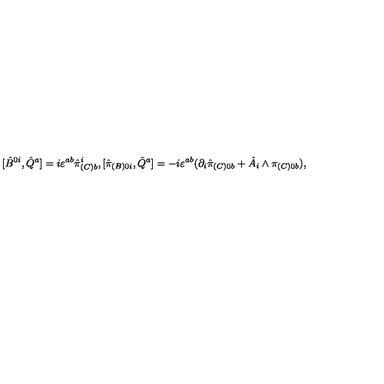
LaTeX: [ \hat { B } ^ { 0 i } , \hat { Q } ^ { a } ] = i \varepsilon ^ { a b } \hat { \pi } _ { ( C ) b } ^ { i } , [ \hat { \pi } _ { ( B ) 0 i } , \hat { Q } ^ { a } ] = - i \varepsilon ^ { a b } ( \partial _ { i } \hat { \pi } _ { ( C ) 0 b } + \hat { A } _ { i } \wedge \pi _ { ( C ) 0 b } ) ,